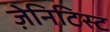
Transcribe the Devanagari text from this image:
ज़ेनिटिस्ट